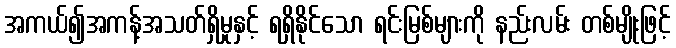
အကယ်၍အကန့်အသတ်ရှိမှုနှင့် ရရှိနိုင်သော ရင်းမြစ်များကို နည်းလမ်း တစ်မျိုးဖြင့်